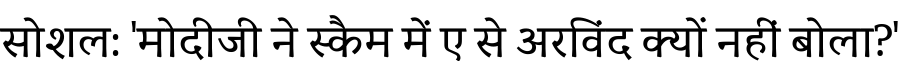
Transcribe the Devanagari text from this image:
सोशल: 'मोदीजी ने स्कैम में ए से अरविंद क्यों नहीं बोला?'